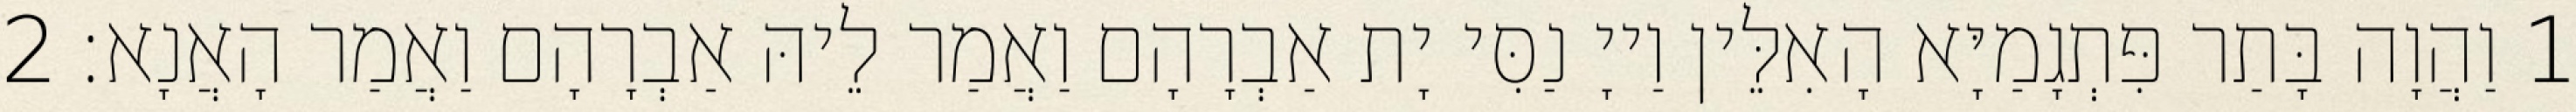
1 וַהֲוָה בָּתַר פִּתְגָמַיָּא הָאִלֵּין וַייָ נַסִּי יָת אַבְרָהָם וַאֲמַר לֵיהּ אַבְרָהָם וַאֲמַר הָאֲנָא׃ 2